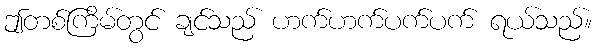
ဤတစ်ကြိမ်တွင် ချင်သည် ဟက်ဟက်ပက်ပက် ရယ်သည်။